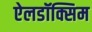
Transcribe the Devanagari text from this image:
ऐलडॉक्सिम